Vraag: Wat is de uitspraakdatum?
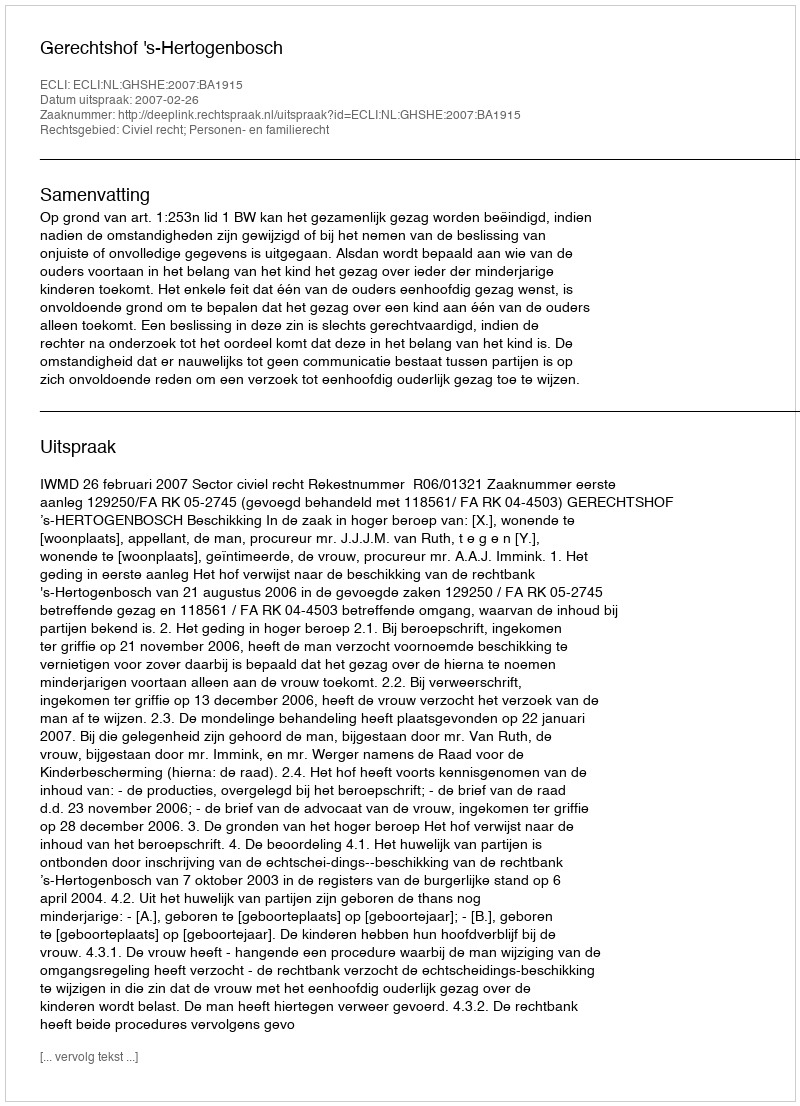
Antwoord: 2007-02-26